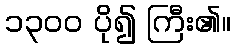
၁၃၀၀ ပို၍ ကြီး၏။